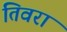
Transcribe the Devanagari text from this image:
तिवरा